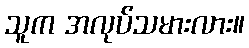
သူက အလုပ်သမားလား။